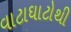
વાટાઘાટોથી